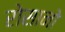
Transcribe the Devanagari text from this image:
रोसानो